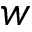
{ w }